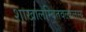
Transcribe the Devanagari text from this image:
शाखालम्बितवल्कलस्य